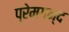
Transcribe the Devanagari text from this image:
प्रेमगन्द